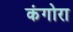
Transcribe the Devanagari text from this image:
कंगोरा